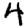
Digit: 4